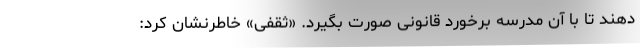
دهند تا با آن مدرسه برخورد قانونی صورت بگیرد. «ثقفی» خاطرنشان کرد: